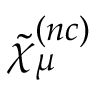
\tilde { \chi } _ { \mu } ^ { ( n c ) }